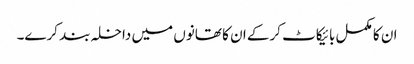
ان کا مکمل بائیکاٹ کرکے ان کا تھانوں میں داخلہ بند کرے۔